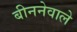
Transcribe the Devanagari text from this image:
बीननेवाले